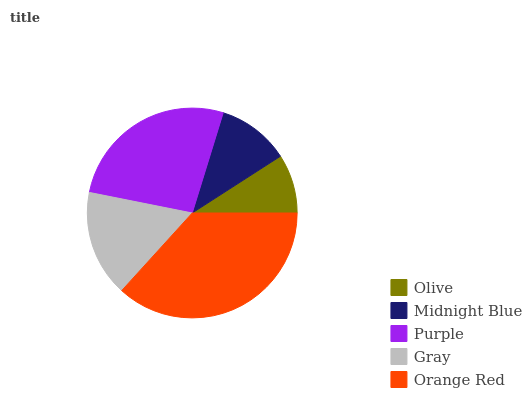
| Olive | Midnight Blue | Purple | Gray | Orange Red |
 | --- | --- | --- | --- | --- |
 | 9.11% | 11.1% | 26.6% | 16.4% | 36.8% |